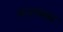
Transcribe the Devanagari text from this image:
मालबस